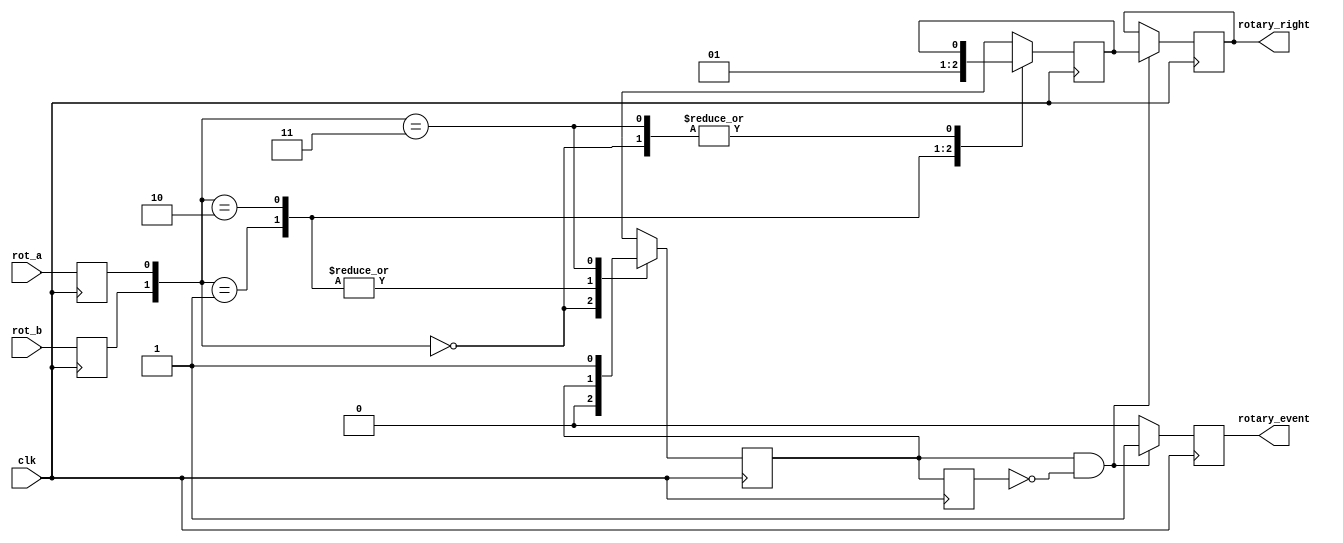
/**
 * Rotary Dial Controller
 * Copyright Notice: This code was written by the TAs of this course.
 */

module rotary_ctrl(
		input clk,
		input rot_a,
		input rot_b,
		output reg rotary_event,
		output reg rotary_right
	);

reg rot_a_temp, rot_b_temp;
reg rotary_q1, rotary_q2;
reg delay_rotary_q1;

always @(posedge clk) begin
	rot_a_temp <= rot_a;
	rot_b_temp <= rot_b;
end

always @(posedge clk) begin
	case ({rot_b_temp, rot_a_temp})
		2'b00:
			begin
				rotary_q1 <= 1'b0;
				rotary_q2 <= rotary_q2;
			end
		2'b01:
			begin
				rotary_q1 <= rotary_q1;
				rotary_q2 <= 1'b0;
			end
		2'b10:
			begin
				rotary_q1 <= rotary_q1;
				rotary_q2 <= 1'b1;
			end
		2'b11:
			begin
				rotary_q1 <= 1'b1;
				rotary_q2 <= rotary_q2;
			end
		default:
			begin
				rotary_q1 <= rotary_q1;
				rotary_q2 <= rotary_q2;
			end
	endcase
end

always @(posedge clk) begin
	delay_rotary_q1 <= rotary_q1;
	if (rotary_q1 == 1'b1 && delay_rotary_q1 == 1'b0) begin
		rotary_event <= 1'b1;
		rotary_right <= rotary_q2;
	end
	else begin
		rotary_event <= 1'b0;
		rotary_right <= rotary_right;
	end
end

endmodule